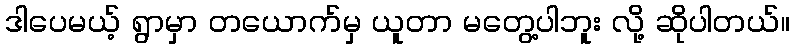
ဒါပေမယ့် ရွာမှာ တယောက်မှ ယူတာ မတွေ့ပါဘူး လို့ ဆိုပါတယ်။